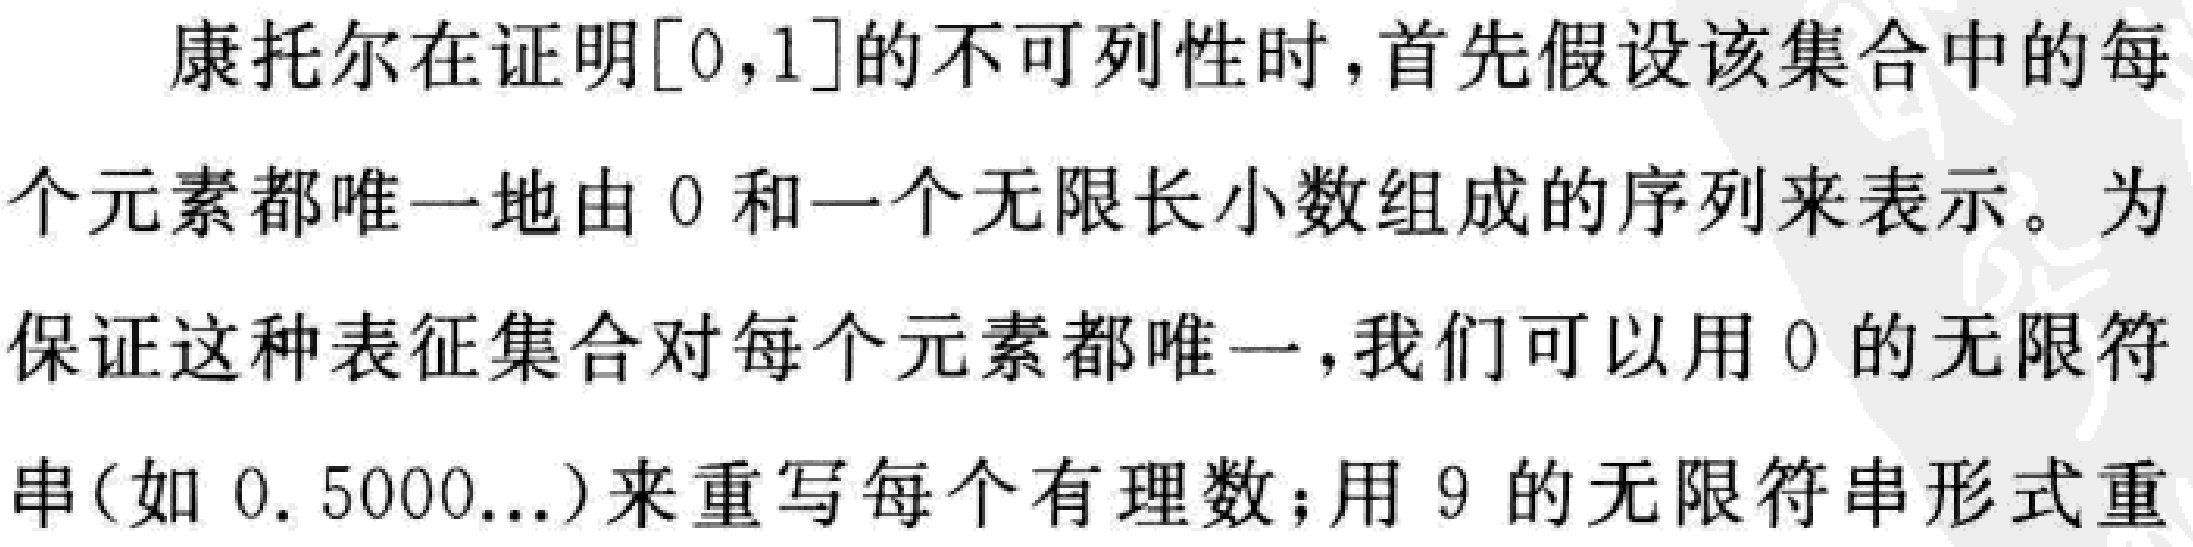
康托尔在证明$[0,1]$的不可列性时，首先假设该集合中的每个元素都唯一地由 0 和一个无限长小数组成的序列来表示。为保证这种表征集合对每个元素都唯一，我们可以用 0 的无限符串(如$0.5000...$)来重写每个有理数；用 9 的无限符串形式重